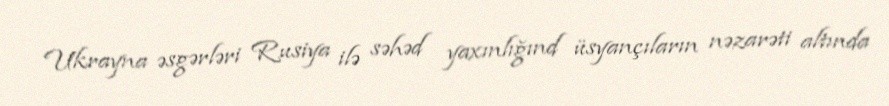
Ukrayna əsgərləri Rusiya ilə səhəd yaxınlığınd üsyançıların nəzarəti altında